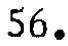
$56.$